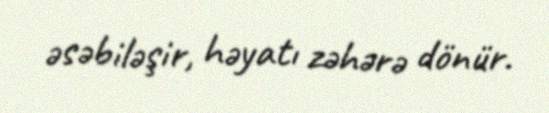
əsəbiləşir, həyatı zəhərə dönür.